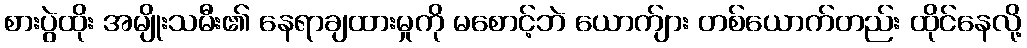
စားပွဲထိုး အမျိုးသမီး၏ နေရာချထားမှုကို မစောင့်ဘဲ ယောက်ျား တစ်ယောက်တည်း ထိုင်နေလို့